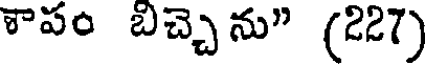
శాపం బిచ్చె ను" (227)